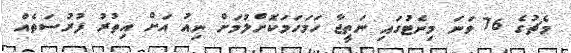
މެޗުގެ 76 ވަނަ މިނެޓުގައި ނަތީޖާ ހަމަހަމަކޮށްލުމަށް ނިއު އަށް އިތުރު ފުރުސަތެއް